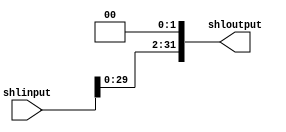
module shl2(shlinput,shloutput);
input [31:0]shlinput;
output [31:0]shloutput;
assign shloutput=shlinput<<2;
endmodule